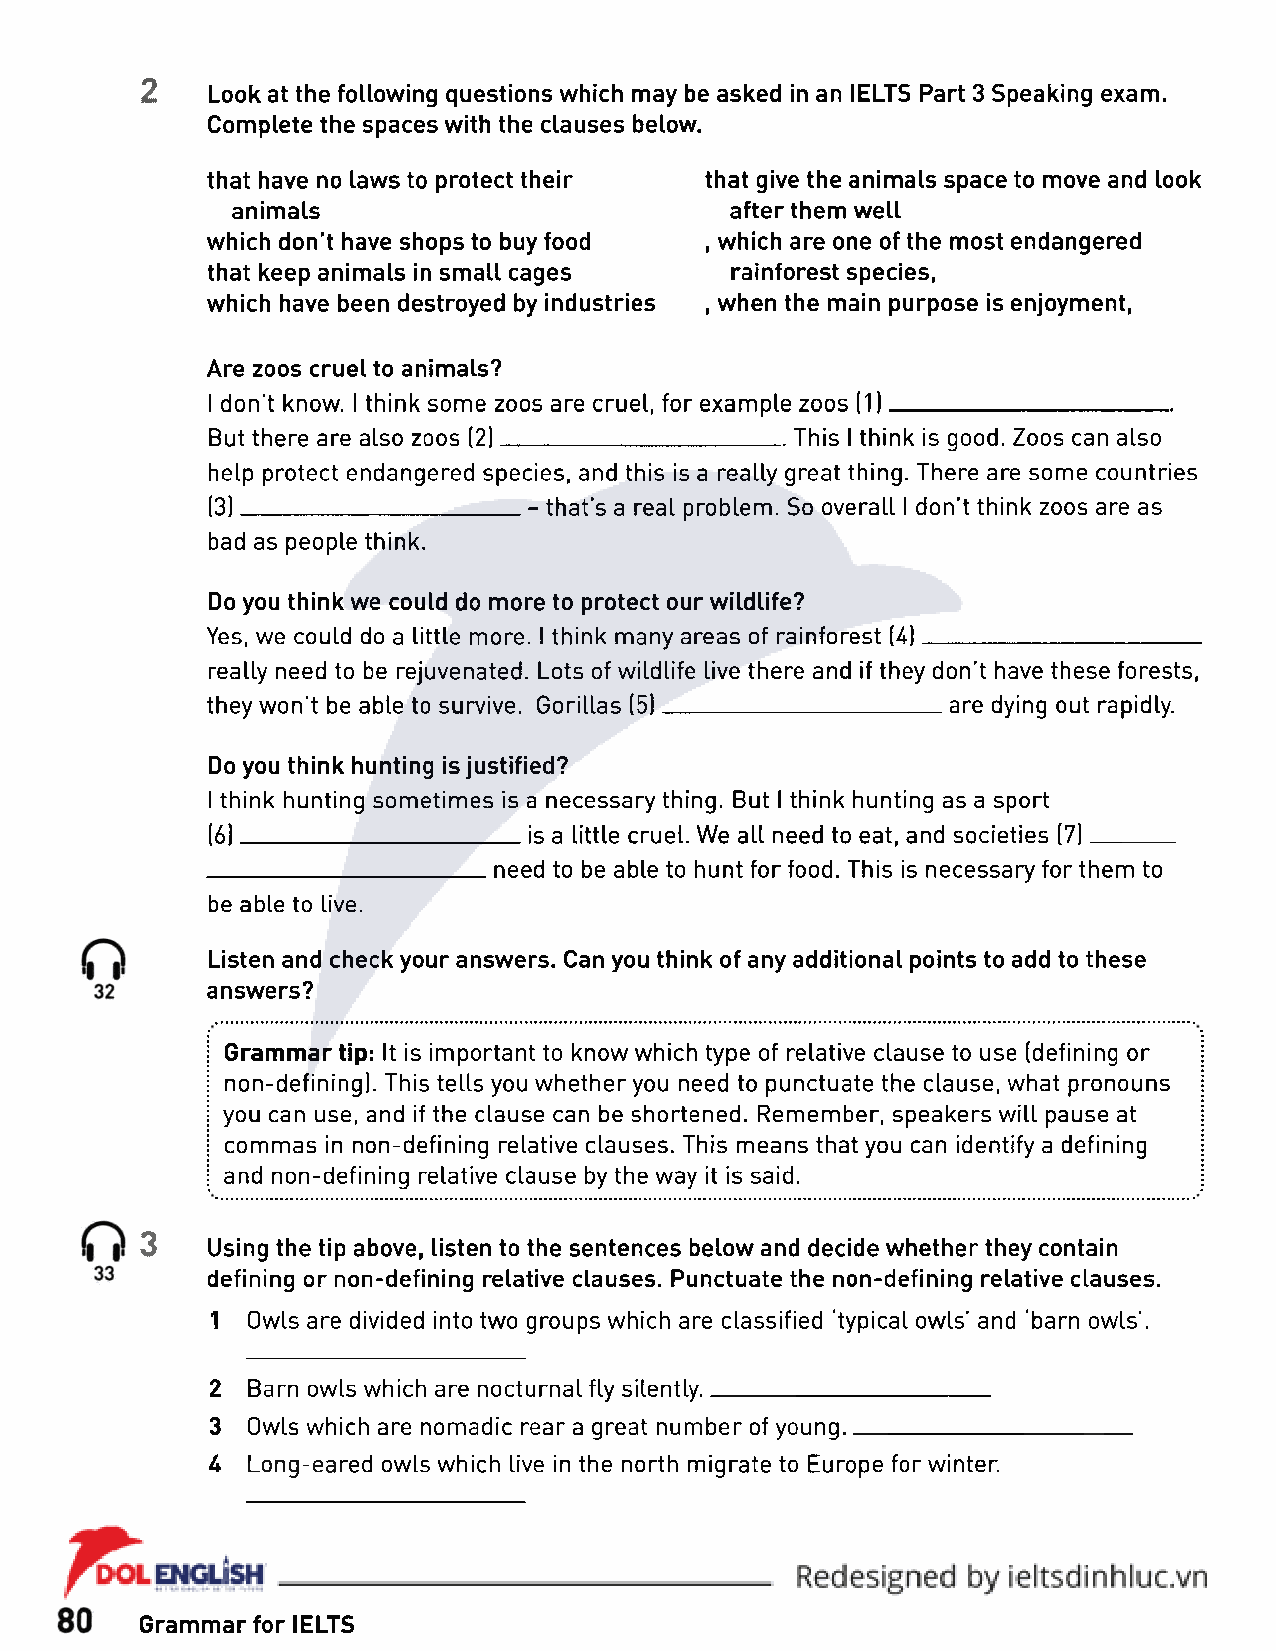
2
 Look at the following questions which may be asked in an IELTS Part 3 Speaking exam.
 Complete the spaces with the clauses below.
 that have no laws to protect their that give the animals space to move and look
 animals                          after them well
 which don’t have shops to buy food , which are one of the most endangered
 that keep animals in small cages  rainforest species,
 which have been destroyed by industries , when the main purpose is enjoyment,
 Are zoos cruel to animals?
 I don't know. I think some zoos are cruel, for example zoos (1)_______________________
 But there are also zoos (2)_______________________ This I think is good. Zoos can also
 help protect endangered species, and this is a really great thing. There are some countries
 (3)________________________ - that’s a real problem. So overall I don’t think zoos are as
 bad as people think.
 Do you think we could do more to protect our wildlife?
 Yes, we could do a little more. I think many areas of rainforest (4)_______________________
 really need to be rejuvenated. Lots of wildlife live there and if they don’t have these forests,
 they won't be able to survive. Gorillas (5)_______________________are dying out rapidly.
 Do you think hunting is justified?
 I think hunting sometimes is a necessary thing. But I think hunting as a sport
 (6)______________________________ is a little cruel. We all need to eat, and societies (7)_
 _______________________need to be able to hunt for food. This is necessary for them to
 be able to live.
 Listen and check your answers. Can you think of any additional points to add to these
 answers?
 | Grammar tip: It is important to know which type of relative clause to use (defining or
 i non-defining). This tells you whether you need to punctuate the clause, what pronouns
 j you can use, and if the clause can be shortened. Remember, speakers will pause at
 | commas in non-defining relative clauses. This means that you can identify a defining
 I and non-defining relative clause by the way it is said.
 3
 Using the tip above, listen to the sentences below and decide whether they contain
 defining or non-defining relative clauses. Punctuate the non-defining relative clauses.
 1 Owls are divided into two groups which are classified ‘typical owls’ and ‘barn owls'.
 2 Barn owls which are nocturnal fly silently________________________
 3 Owls which are nomadic rear a great number of young_______________________
 U Long-eared owls which live in the north migrate to Europe for winter.
 Grammar for IELTS